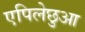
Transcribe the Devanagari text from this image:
एपिलेछुआ